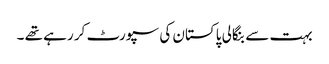
بہت سے بنگالی پاکستان کی سپورٹ کر رہے تھے ۔